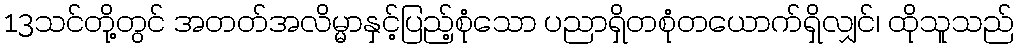
13သင်တို့တွင် အတတ်အလိမ္မာနှင့်ပြည့်စုံသော ပညာရှိတစုံတယောက်ရှိလျှင်၊ ထိုသူသည်